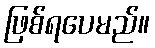
ဖြစ်ရပေမည်။